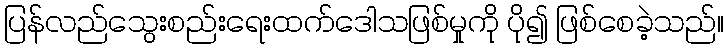
ပြန်လည်သွေးစည်းရေးထက်ဒေါသဖြစ်မှုကို ပို၍ ဖြစ်စေခဲ့သည်။